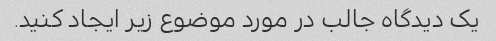
یک دیدگاه جالب در مورد موضوع زیر ایجاد کنید.